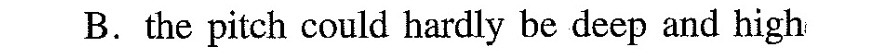
B.the pitch could hardly be deep and high :